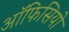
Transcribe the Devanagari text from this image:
ऑफिसियो